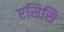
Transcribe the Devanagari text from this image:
एसिसि